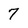
Character: 7